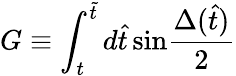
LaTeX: G\equiv\int_{t}^{\tilde{t}}d\hat{t}\, \mathrm{sin}{\frac{\Delta(\hat{t})}{2}}